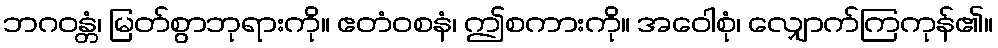
ဘဂဝန္တံ၊ မြတ်စွာဘုရားကို။ ဧတံဝစနံ၊ ဤစကားကို။ အဝေါစုံ၊ လျှောက်ကြကုန်၏။